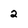
Character: 2